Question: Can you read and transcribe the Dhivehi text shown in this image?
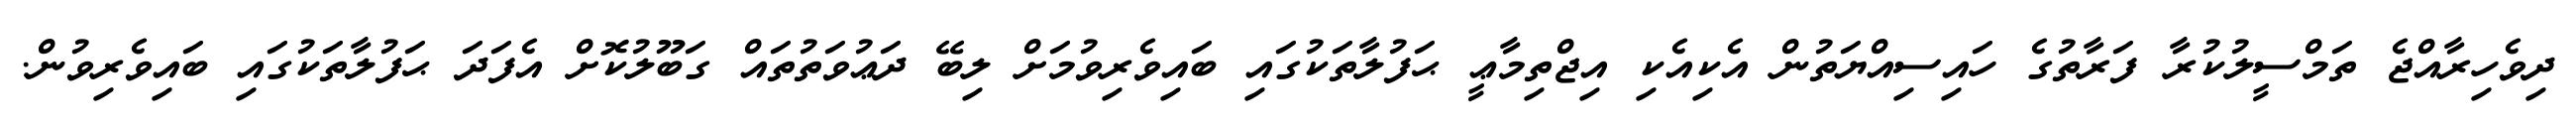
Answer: ދިވެހިރާއްޖެ ތަމްސީލުކުރާ ފަރާތުގެ ހައިސިއްޔަތުން އެކިއެކި އިޖްތިމާޢީ ޙަފުލާތަކުގައި ބައިވެރިވުމަށް ލިބޭ ދަޢުވަތުތައް ގަބޫލުކޮށް އެފަދަ ޙަފުލާތަކުގައި ބައިވެރިވުން.